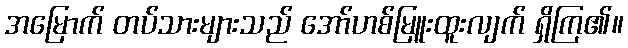
အမြောက် တပ်သားများသည် အော်ဟစ်မြူးထူးလျက် ရှိကြ၏။